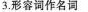
3.形容词作名词